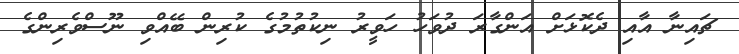
ޗައިނާ އާއި ދެކޮޅަށް އަންގާރަ ދުވަހު ހަވީރު ނިކުތުމުގެ ކުރިން ބޭއްވި ނޫސްވެރިންގެ